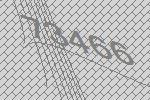
73466